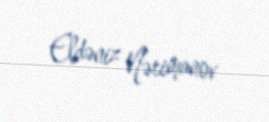
Eldəniz Nərimanov